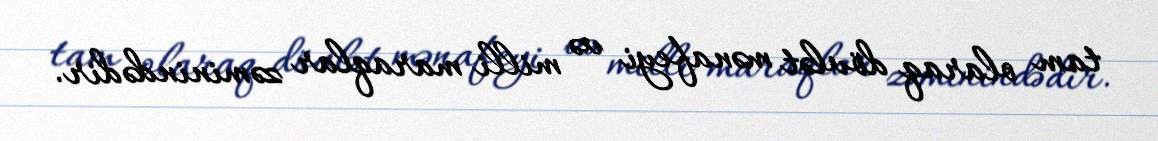
tam olaraq dövlət mənafeyi və milli maraqlar zəminindədir.